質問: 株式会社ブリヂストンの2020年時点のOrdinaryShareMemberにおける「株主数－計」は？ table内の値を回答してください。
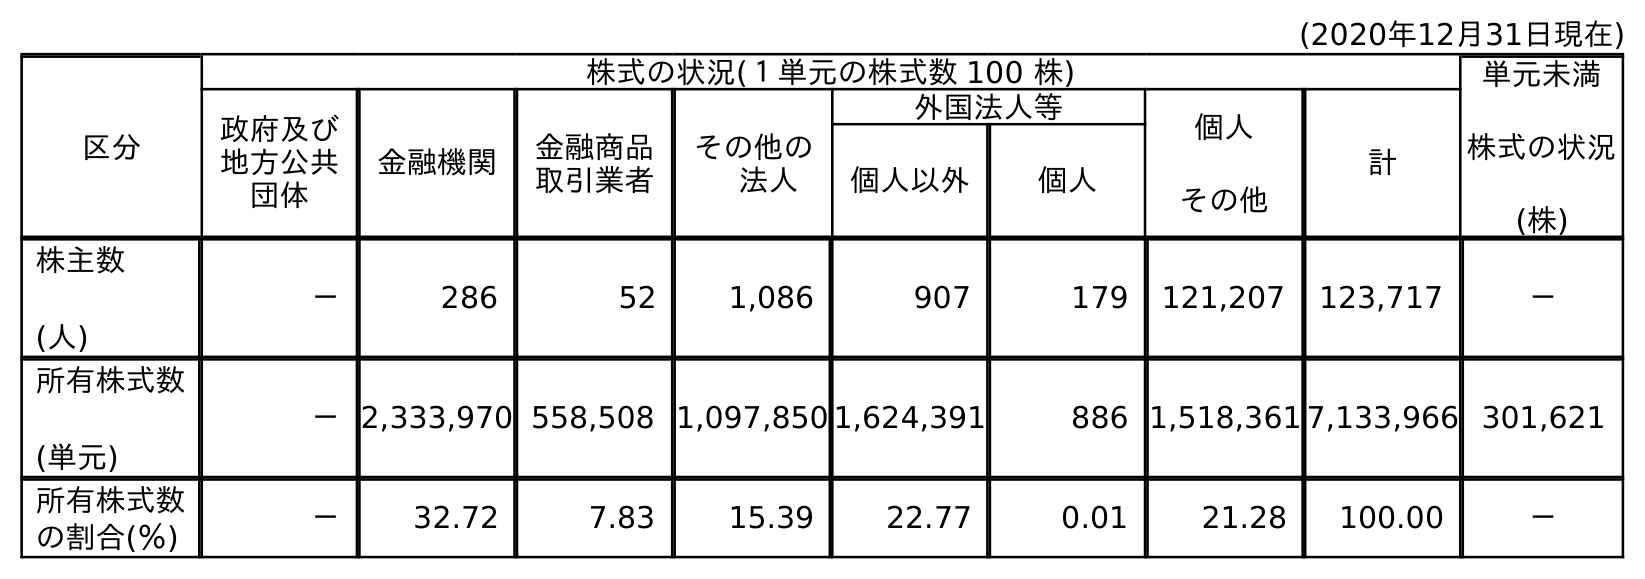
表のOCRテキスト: (2020年12月31日現在) 区分 株式の状況(１単元の株式数 100 株) 単元未満 株式の状況 (株) 政府及び 地方公共 団体 金融機関 金融商品 取引業者 その他の  法人 外国法人等 個人 その他 計 個人以外 個人 株主数 (人) － 286 52 1,086 907 179 121,207 123,717 － 所有株式数 (単元) －2,333,970 558,508 1,097,850 1,624,391 886 1,518,361 7,133,966 301,621 所有株式数 の割合(％) － 32.72 7.83 15.39 22.77 0.01 21.28 100.00 －
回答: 123,717